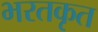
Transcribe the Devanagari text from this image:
भरतकृत